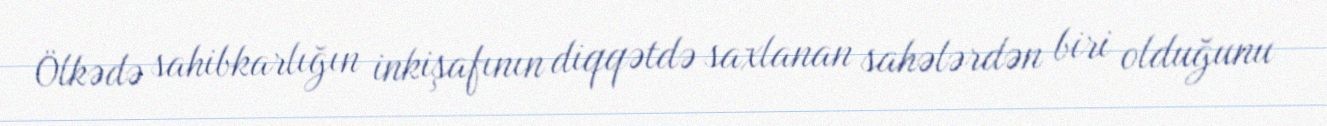
Ölkədə sahibkarlığın inkişafının diqqətdə saxlanan sahələrdən biri olduğunu